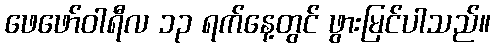
ဖေဖော်ဝါရီလ ၁၃ ရက်နေ့တွင် ဖွားမြင်ပါသည်။